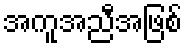
အကူအညီအဖြစ်